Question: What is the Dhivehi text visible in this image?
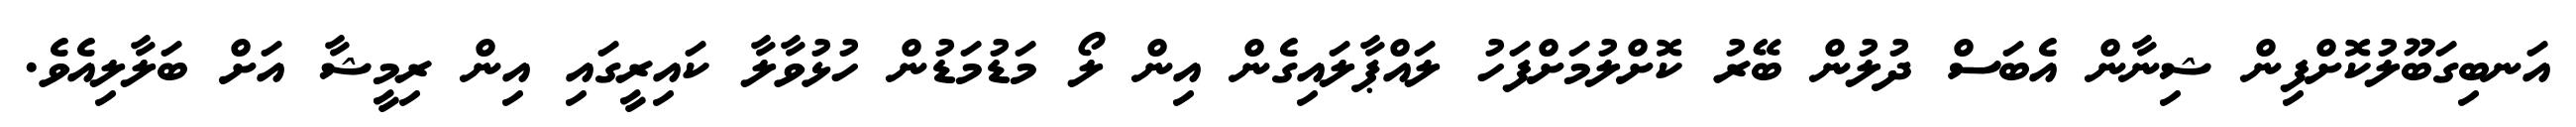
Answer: އަނބިގަބޫލުކޮށްފިން ޝިނާން އެބަސް ދުލުން ބޭރު ކޮށްލުމަށްފަހު ލައްޕާލައިގެން އިން ލޯ މަޑުމަޑުން ހުޅުވާލާ ކައިރީގައި އިން ރިމީޝާ އަށް ބަލާލިއެވެ.